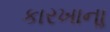
કારખાનાૢ